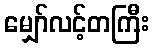
မျှော်လင့်တကြီး